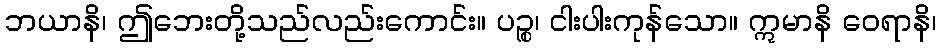
ဘယာနိ၊ ဤဘေးတို့သည်လည်းကောင်း။ ပဉ္စ၊ ငါးပါးကုန်သော။ ဣမာနိ ဝေရာနိ၊